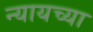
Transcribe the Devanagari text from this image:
न्यायच्या